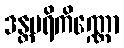
ဒန္တပရိကိဏ္ဏော